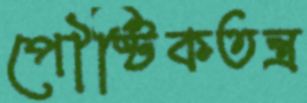
পৌষ্টিকতন্ত্র